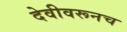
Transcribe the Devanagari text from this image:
देवीवरूनच